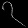
Digit: ၇